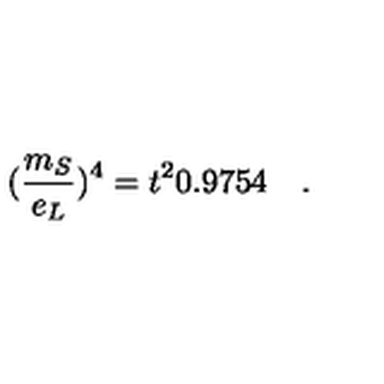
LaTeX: ( \frac { m _ { S } } { e _ { L } } ) ^ { 4 } = t ^ { 2 } 0 . 9 7 5 4 \quad .